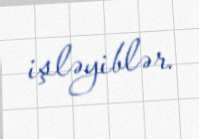
işləyiblər.